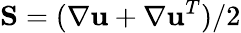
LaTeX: \mathbf{S}=(\nabla\mathbf{u}+\nabla\mathbf{u}^{T})/2